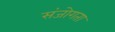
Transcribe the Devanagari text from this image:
संजोगता